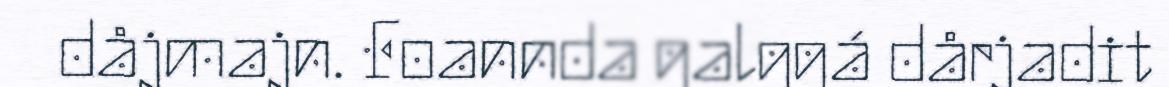
dåjmajn. Foannda galggá dårjadit